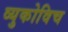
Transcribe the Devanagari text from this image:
व्युकोविच